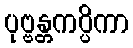
ပုဗ္ဗန္တကပ္ပိကာ